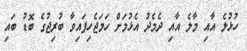
ހުޅުލެ އާއި މާލެ އާއި ދެމެދު އެޅުމަށް ހަމަޖެހިފައިވާ ބުރިޖުގެ ބޮޑު ބައި